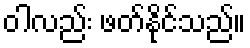
ဝါလည်း ဖတ်နိုင်သည်။